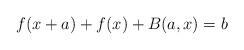
LaTeX: \begin{align*}f(x+a)+f(x)+B(a,x)=b\end{align*}